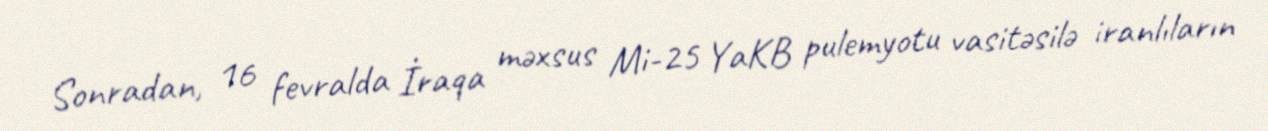
Sonradan, 16 fevralda İraqa məxsus Mi-25 YaKB pulemyotu vasitəsilə iranlıların